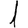
Digit: 1